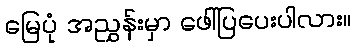
မြေပုံ အညွှန်းမှာ ဖေါ်ပြပေးပါလား။